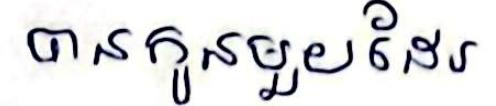
បានកូនមួយដែរ